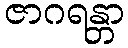
ဇာဂရန္တာ